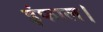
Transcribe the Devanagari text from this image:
इंफाल।